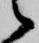
候